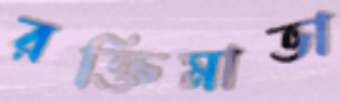
রক্তিমাভা